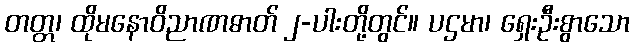
တတ္တ၊ ထိုမနောဝိညာဏဓာတ် ၂-ပါးတို့တွင်။ ပဌမာ၊ ရှေးဦးစွာသော